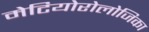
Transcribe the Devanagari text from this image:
मेटियोरोलोजिका